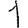
Digit: 1